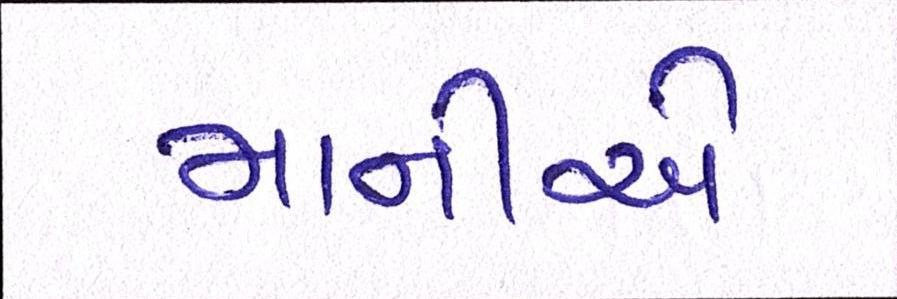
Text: માનીએ